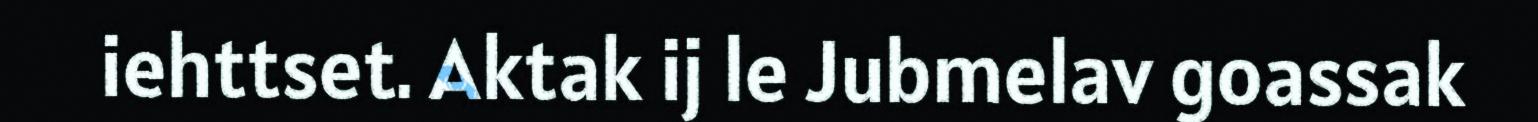
iehttset. Aktak ij le Jubmelav goassak